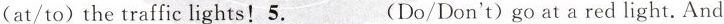
(at/to)the traffic lights!5.___(Do/Don't)go at a red light.And